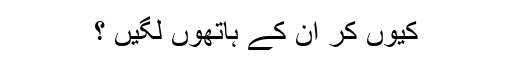
کیوں کر ان کے ہاتھوں لگیں ؟